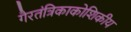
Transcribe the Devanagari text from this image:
गैरतंत्रिकाकोशिकीय